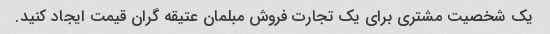
یک شخصیت مشتری برای یک تجارت فروش مبلمان عتیقه گران قیمت ایجاد کنید.